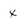
Character: X